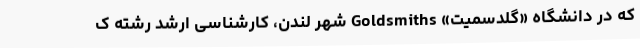
که در دانشگاه «گلدسمیت» Goldsmiths شهر لندن، کارشناسی ارشد رشته ک